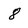
Character: 8